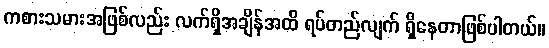
ကစားသမားအဖြစ်လည်း လက်ရှိအချိန်အထိ ရပ်တည်လျက် ရှိနေတာဖြစ်ပါတယ်။